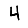
Digit: 4